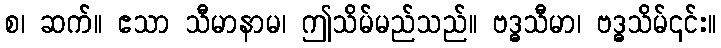
စ၊ ဆက်။ ဧသာ သီမာနာမ၊ ဤသိမ်မည်သည်။ ဗဒ္ဓသီမာ၊ ဗဒ္ဓသိမ်၎င်း။